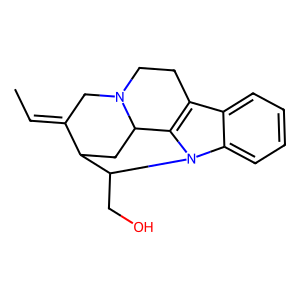
SMILES: CC=C1CN2CCc3c4n(c5ccccc35)C(CO)C1CC42
Inhibits HIV replication: No